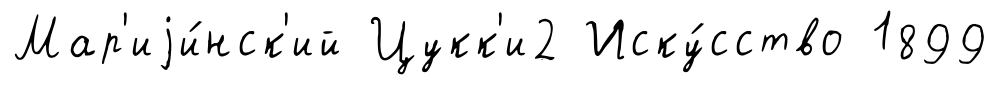
Мар'иjи́нск'ий Цукк'и2 Иску́сство 1899